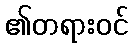
၏တရားဝင်